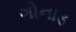
ગોનાડ